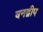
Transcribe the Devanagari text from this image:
वनद्वीप